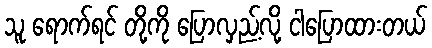
သူ ရောက်ရင် တို့ကို ပြောလှည့်လို့ ငါပြောထားတယ်